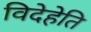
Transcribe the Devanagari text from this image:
विदेहेति